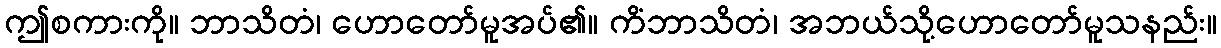
ဤစကားကို။ ဘာသိတံ၊ ဟောတော်မူအပ်၏။ ကိံဘာသိတံ၊ အဘယ်သို့ဟောတော်မူသနည်း။